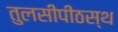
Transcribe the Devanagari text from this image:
तुलसीपीठस्थ